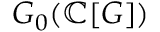
G _ { 0 } ( \mathbb { C } [ G ] )